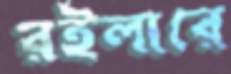
রইলারে